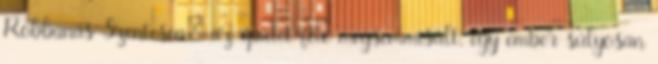
Robbanás Szentesen: az épület fele megsemmisült, egy ember súlyosan